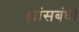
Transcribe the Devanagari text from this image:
ह्यांसबंधी